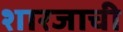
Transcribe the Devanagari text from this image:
शारजाची